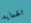
الحمايه